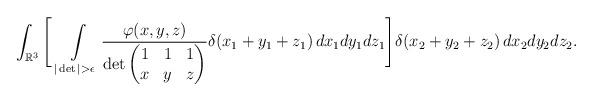
LaTeX: \begin{align*}\int_{\mathbb{R}^3} \Bigg[ \,\int_{|\det| > \epsilon}\limits \frac{\varphi(x,y,z)}{\det\begin{pmatrix}1 & 1 & 1\\ x & y & z \end{pmatrix}}\delta(x_1+y_1+z_1)\, dx_1dy_1dz_1 \Bigg]\delta(x_2+y_2+z_2)\, dx_2dy_2dz_2.\end{align*}